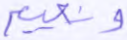
ونعيم